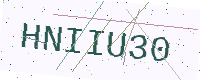
Text: HNIIU30